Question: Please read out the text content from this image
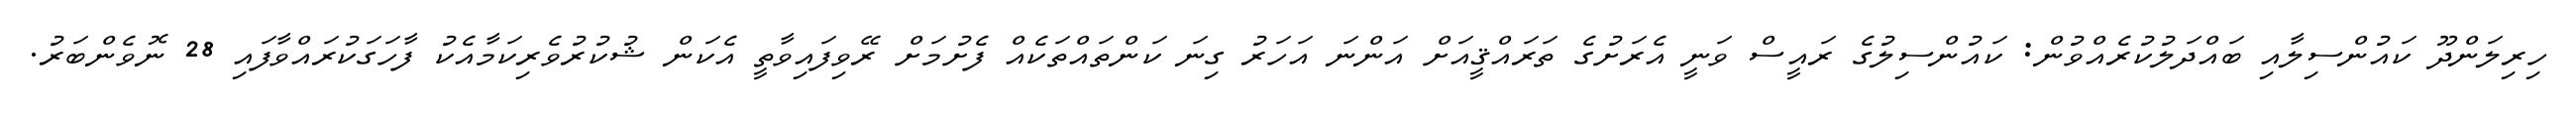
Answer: ހިރިލަންދޫ ކައުންސިލާއި ބައްދަލުކުރެއްވުން: ކައުންސިލުގެ ރައީސް ވަނީ އެރަށުގެ ތަރައްޤީއަށް އަންނަ އަހަރު ގިނަ ކަންތައްތަކެއް ފެށުމަށް ރޭވިފައިވާތީ އެކަން ޝުކުރުވެރިކަމާއެކު ފާހަގަކުރައްވާފައި 28 ނޮވެންބަރު.